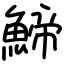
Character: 䱱